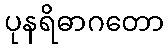
ပုနရိဓာဂတော